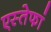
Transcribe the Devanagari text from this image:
एस्तेफां